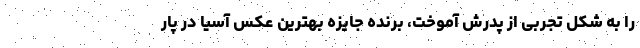
را به شکل تجربی از پدرش آموخت، برنده جایزه بهترین عکس آسیا در پار